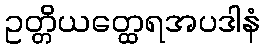
ဥတ္တိယတ္ထေရအပဒါနံ